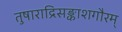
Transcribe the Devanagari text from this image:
तुषाराद्रिसङ्काशगौरम्